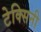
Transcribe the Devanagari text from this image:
टेक्सिनी